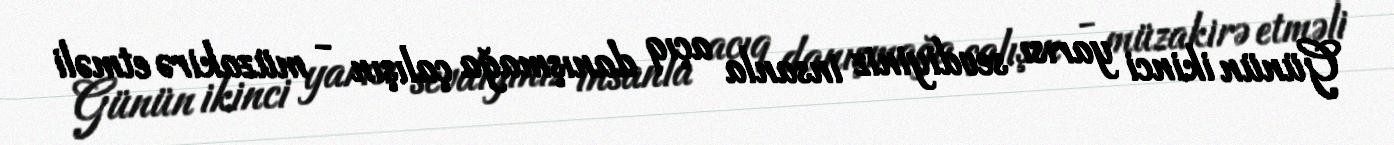
Günün ikinci yarısı sevdiyiniz insanla açıq danışmağa çalışın - müzakirə etməli